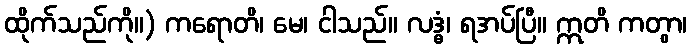
ထိုက်သည်ကို။) ကရောတိ၊ မေ၊ ငါသည်။ လဒ္ဓံ၊ ရအပ်ပြီ။ ဣတိ ကတွာ၊